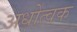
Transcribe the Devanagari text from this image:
अधोत्वक